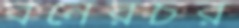
বনেরচর